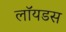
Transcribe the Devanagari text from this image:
लॉयडस